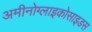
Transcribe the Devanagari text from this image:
अमीनोग्लाइकोसाइडस